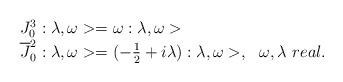
\begin{align*}\begin{array}{ll}J^3_0:\lambda ,\omega >=\omega :\lambda ,\omega > & \\\overline {J}_0^2 :\lambda ,\omega >=(-\frac {1}{2}+i\lambda ):\lambda ,\omega >, &\omega ,\lambda \ real.\end{array}\end{align*}